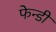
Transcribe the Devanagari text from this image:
फेन्डी